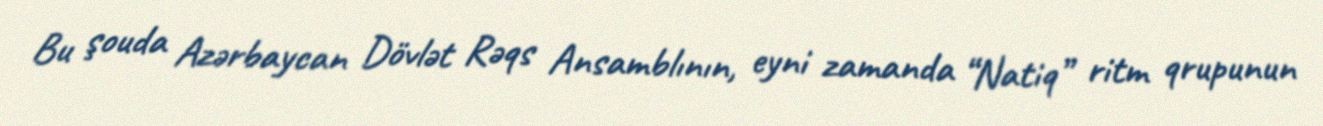
Bu şouda Azərbaycan Dövlət Rəqs Ansamblının, eyni zamanda “Natiq” ritm qrupunun